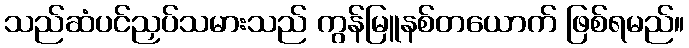
သည်ဆံပင်ညှပ်သမားသည် ကွန်မြူနစ်တယောက် ဖြစ်ရမည်။